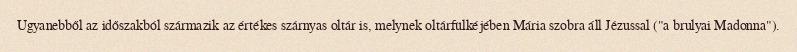
Ugyanebből az időszakból származik az értékes szárnyas oltár is, melynek oltárfülkéjében Mária szobra áll Jézussal ("a brulyai Madonna").